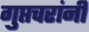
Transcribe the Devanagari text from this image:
गुप्तचरांनी